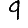
Digit: 9